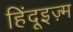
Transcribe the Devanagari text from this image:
हिंदूइज़्म